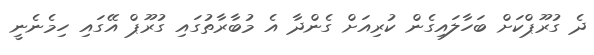
ދެ ގުރޫޕްކަށް ބަހާލައިގެން ކުރިއަށް ގެންދާ އެ މުބާރާތުގައި ގުރޫޕް އޭގައި ހިމެނެނީ